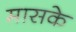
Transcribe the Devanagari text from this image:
मासके